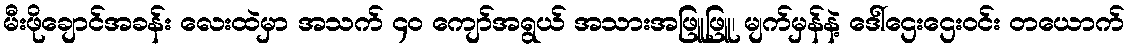
မီးဖိုချောင်အခန်း လေးထဲမှာ အသက် ၄၀ ကျော်အရွယ် အသားအဖြူဖြူ၊ မျက်မှန်နဲ့ ဒေါ်ဌေးဌေးဝင်း တယောက်